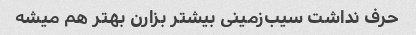
حرف نداشت سیب‌زمینی بیشتر بزارن بهتر هم میشه